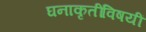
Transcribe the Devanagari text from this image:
घनाकृतींविषयीं